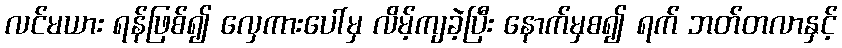
လင်မယား ရန်ဖြစ်၍ လှေကားပေါ်မှ လိမ့်ကျခဲ့ပြီး နောက်မှစ၍ ရက် ဘတ်တလာနှင့်